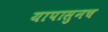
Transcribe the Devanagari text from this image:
यापासुनच